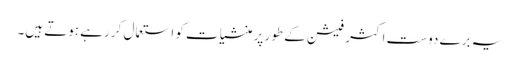
یہ برے دوست اکثر فیشن کے طور پر منشیات کو استعمال کر رہے ہوتے ہیں۔